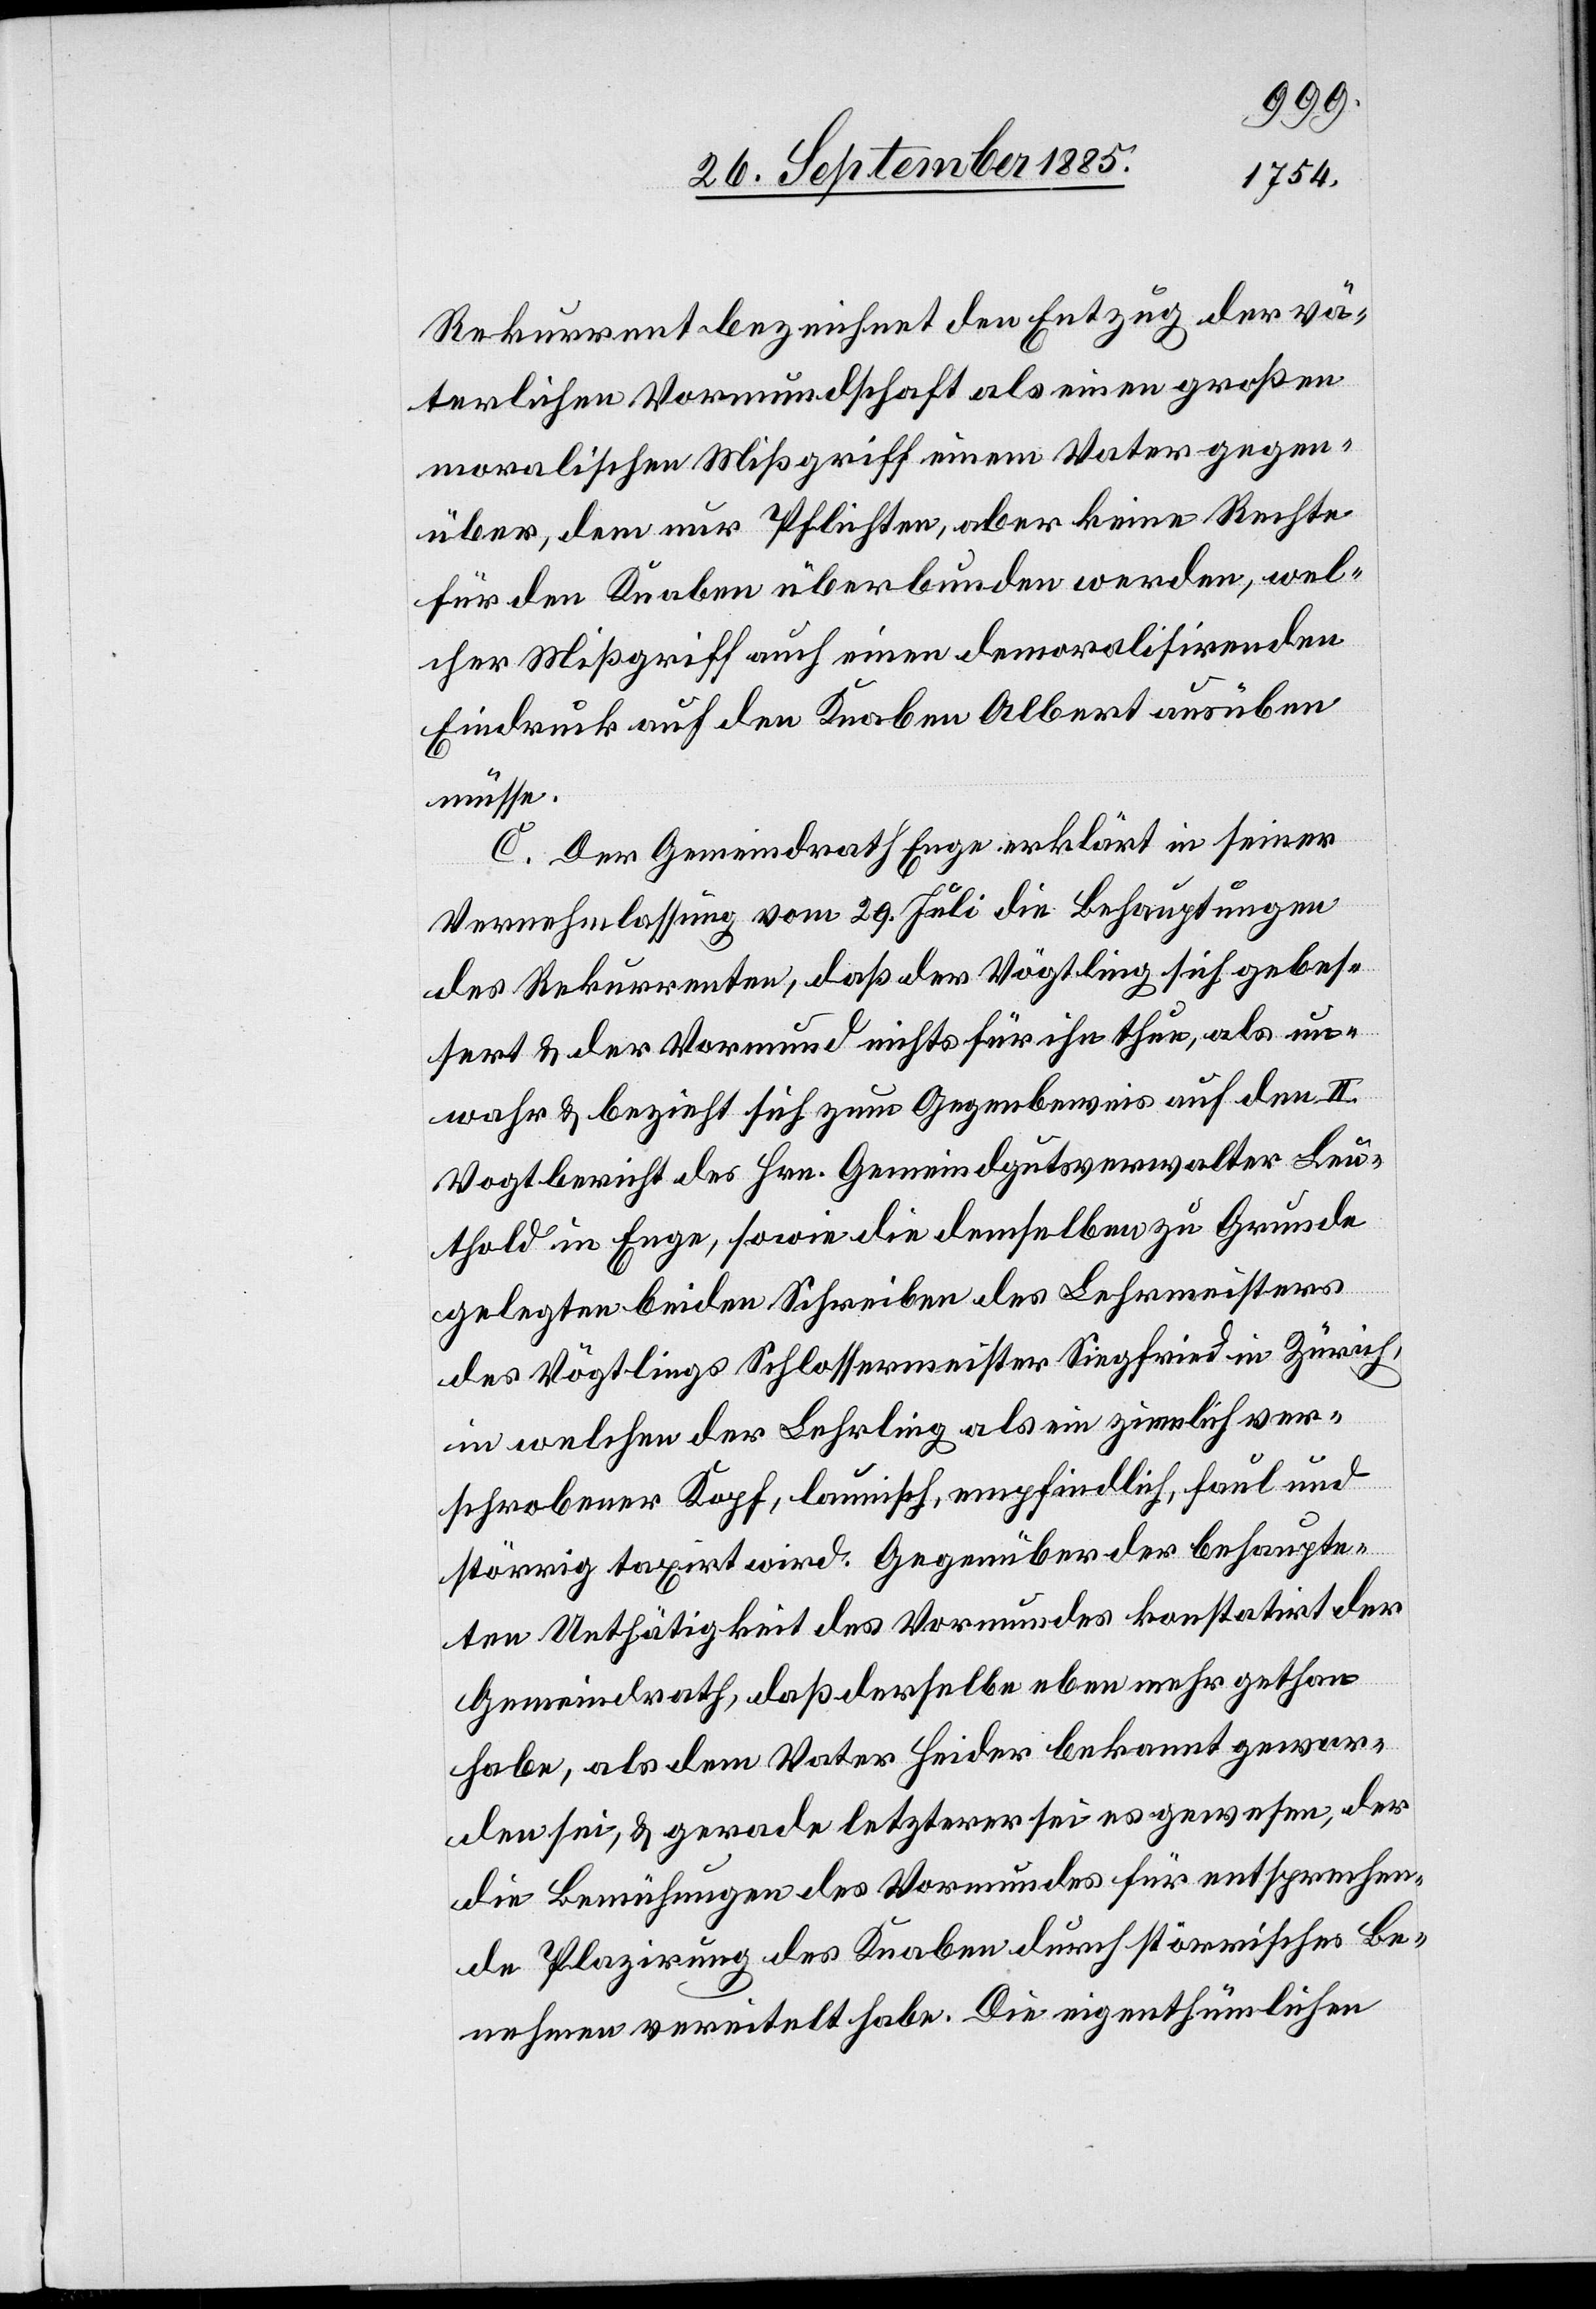
Rekurrent bezeichnet den Entzug der vä¬
terlichen Vormundschaft als einen großen
moralischen Mißgriff einem Vater gegen¬
über, dem nur Pflichten, aber keine Rechte
für den Knaben überbunden werden, wel¬
cher Mißgriff auch einen demoralisirenden
Eindruck auf den Knaben Albert ausüben
müsse.
C. Der Gemeindrath Enge erklärt in seiner
Vernehmlassung vom 29. Juli die Behauptungen
des Rekurrenten, daß der Vögtling sich gebes¬
sert & der Vormund nichts für ihn thue, als un¬
wahr & bezieht sich zum Gegenbeweis auf den II.
Vogtbericht des Hrn. Gemeindgutsverwalter Leu¬
thold in Enge, sowie die demselben zu Grunde
gelegten beiden Schreiben des Lehrmeisters
des Vögtlings Schlossermeister Siegfried in Zürich,
in welchen der Lehrling als ein ziemlich ver¬
schrobener Kopf, launisch, empfindlich, faul und
störrig taxirt wird. Gegenüber der behaupte¬
ten Unthätigkeit des Vormundes konstatirt der
Gemeindrath, daß derselbe eben mehr gethan
habe, als dem Vater Heider bekannt gewor¬
den sei, & gerade letzterer sei es gewesen, der
die Bemühungen des Vormundes für entsprechen¬
de Plazirung des Knaben durch störrisches Be¬
nehmen vereitelt habe. Die eigenthümlichen